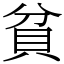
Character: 貧